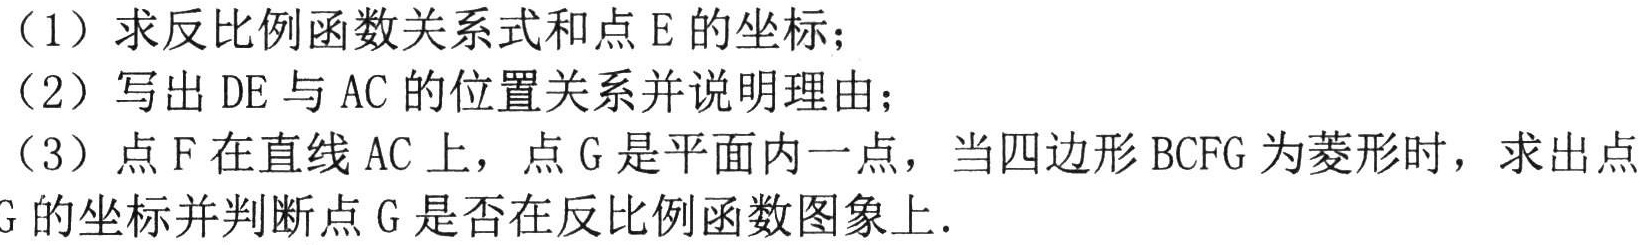
（1）求反比例函数关系式和点E的坐标；
（2）写出DE与AC的位置关系并说明理由；
（3）点F在直线AC上，点G是平面内一点，当四边形BCFG为菱形时，求出点G的坐标并判断点G是否在反比例函数图象上.